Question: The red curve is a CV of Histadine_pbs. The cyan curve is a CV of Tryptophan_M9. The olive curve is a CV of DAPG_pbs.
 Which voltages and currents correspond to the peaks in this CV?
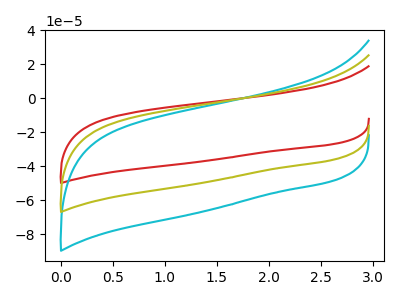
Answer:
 <answer>The red curve "Histadine_pbs" has no peaks. The cyan curve "Tryptophan_M9" has no peaks. The olive curve "DAPG_pbs" has no peaks.</answer>
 <eval></eval>